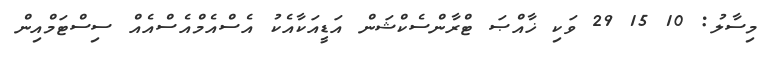
މިސާލު: 10 15 29 ވަކި ޚާއްޞަ ޓްރާންސެކްޝަން އަޑީއަކާއެކު އެސްއެމްއެސްއެއް ސިސްޓަމްއިން